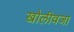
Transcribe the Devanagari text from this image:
खोलीवजा